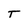
Character: T